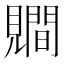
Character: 𧢑